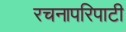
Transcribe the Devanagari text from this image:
रचनापरिपाटी